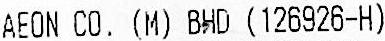
AEON CO. (M) BHD (126926-H)